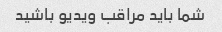
شما باید مراقب ویدیو باشید